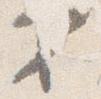
第